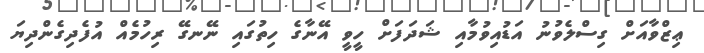
ޢިޒްވާއަށް ގިސްލެވުނު އަޑުއިވުމާއި ޝަދަފަށް ހީވީ އޭނާގެ ހިތުގައި ނޭނގޭ ރިހުމެއް އުފެދިގެންދިޔަ